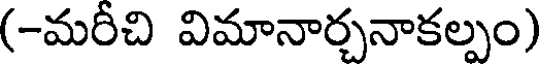
(-మరీచి విమానార్చనాకల్పం)